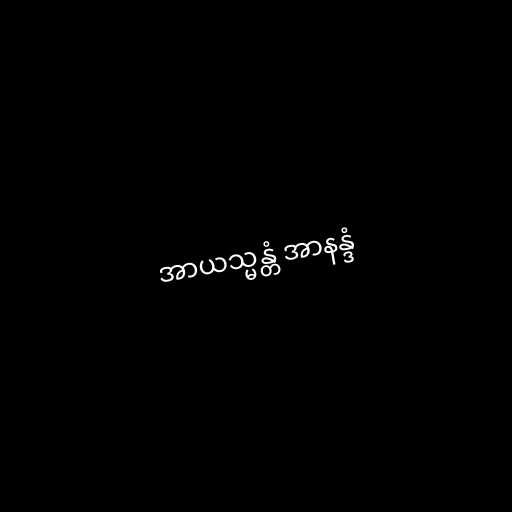
အာယသ္မန္တံ အာနန္ဒံ